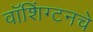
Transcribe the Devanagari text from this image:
वॉशिंग्टनचे